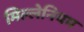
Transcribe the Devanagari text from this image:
मिल्लेनियम